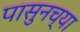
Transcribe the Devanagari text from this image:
पासुनच्या